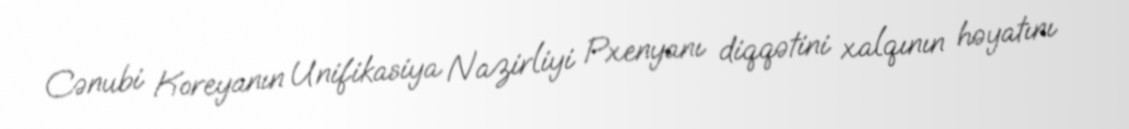
Cənubi Koreyanın Unifikasiya Nazirliyi Pxenyanı diqqətini xalqının həyatını